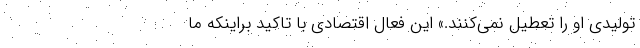
تولیدی او را تعطیل نمی‌کنند.» این فعال اقتصادی با تاکید براینکه ما